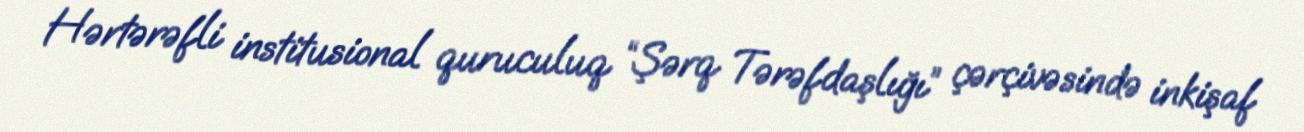
Hərtərəfli institusional quruculuq “Şərq Tərəfdaşlığı” çərçivəsində inkişaf